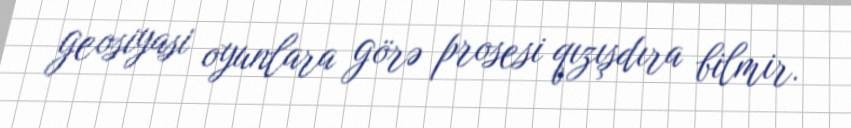
geosiyasi oyunlara görə prosesi qızışdıra bilmir.